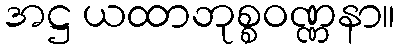
အဋ္ဌ ယထာဘုစ္စဝဏ္ဏနာ။